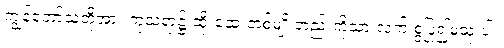
ကျွန်တော်သူတို့အား ကုသရာ၌ ထိုးဆေးတစ်မျိုးတည်းကိုသာ လက် စွဲပြု၍မသုံးပါ။